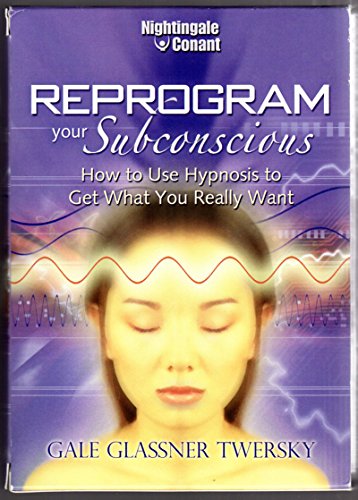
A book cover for Reprogram Your Subconscious - How to Use Hypnosis to Get What You Really Want (8 Compact Discs plus a Bonus Disc, Original Nightingale-Conant Edition); A.C.H., Ct. H.A. Gale Glassner Twersky; Health, Fitness & Dieting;